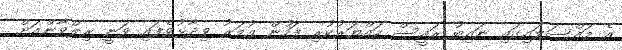
އެ މައްސަލައިގައި ނައިބު ރައީސް ހައްޔަރުކުރި ފަހުން އުމަރު ވިދާޅުވެފައި ވަނީ ރިލްވާންއަށް